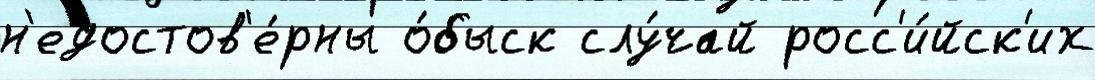
н'едостов'е́рны о́быск слу́чай росс'и́йск'их